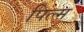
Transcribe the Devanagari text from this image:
पिल्म